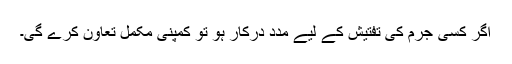
اگر کسی جرم کی تفتیش کے لیے مدد درکار ہو تو کمپنی مکمل تعاون کرے گی۔